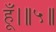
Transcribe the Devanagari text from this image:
हूँ।॥५॥